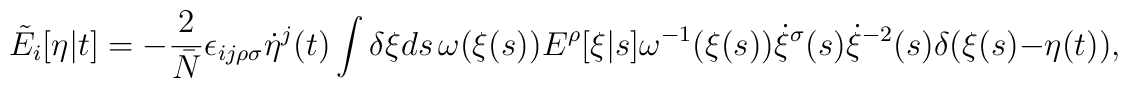
\tilde{E}_i[\eta|t] = - \frac{2}{\bar{N}} \epsilon_{ij\rho\sigma}   \dot{\eta}^j(t) \int \delta \xi ds \, \omega(\xi(s)) E^\rho[\xi|s]   \omega^{-1}(\xi(s)) \dot{\xi}^\sigma(s) \dot{\xi}^{-2}(s)    \delta(\xi(s)-\eta(t)),